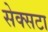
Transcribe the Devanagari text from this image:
सेक्सटा